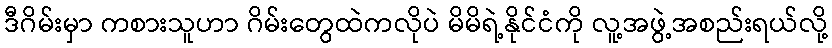
ဒီဂိမ်းမှာ ကစားသူဟာ ဂိမ်းတွေထဲကလိုပဲ မိမိရဲ့နိုင်ငံကို လူ့အဖွဲ့အစည်းရယ်လို့